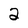
Character: 2